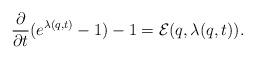
LaTeX: \begin{align*}\frac{\partial}{\partial t}(e^{\lambda(q,t)}-1)-1=\mathcal{E}(q,\lambda(q,t)).\end{align*}